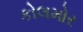
કોલમોર